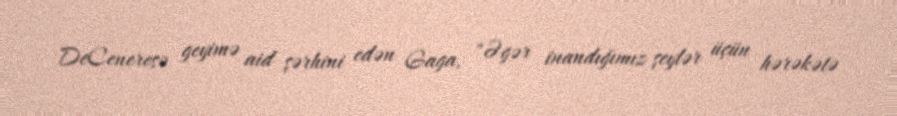
DeCeneresə geyimə aid şərhini edən Gaga, "Əgər inandığımız şeylər üçün hərəkətə